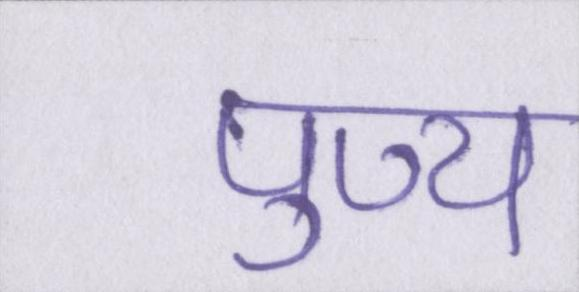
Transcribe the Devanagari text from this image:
पुण्य